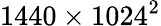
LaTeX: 1440\times 1024^{2}